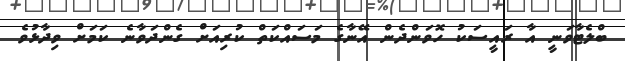
ބްލެޓާވަނީ އާ ރައީސަކު ހޮވަންދެން އޭނާގެ މަސައްކަތް ކުރިއަށް ގެންދަވާނެ ކަމަށް ވިދާޅުވެ